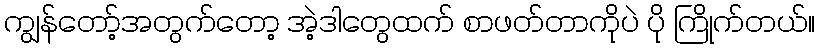
ကျွန်တော့်အတွက်တော့ အဲ့ဒါတွေထက် စာဖတ်တာကိုပဲ ပို ကြိုက်တယ်။